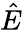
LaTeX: {\hat{E}}\,